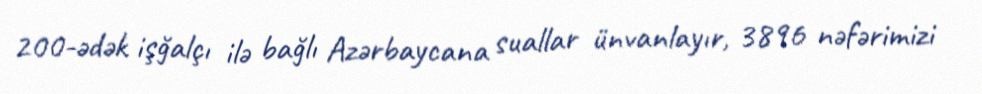
200-ədək işğalçı ilə bağlı Azərbaycana suallar ünvanlayır, 3896 nəfərimizi